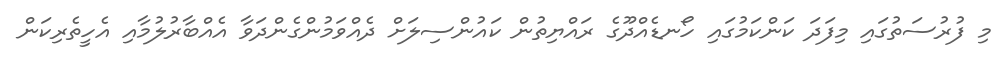
މި ފުރުސަތުގައި މިފަދަ ކަންކަމުގައި ހޯނޑެއްދޫގެ ރައްޔިތުން ކައުންސިލަށް ދެއްވަމުންގެންދަވާ އެއްބާރުލުމާއި އެހީތެރިކަން